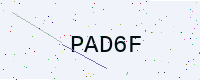
Text: PAD6F